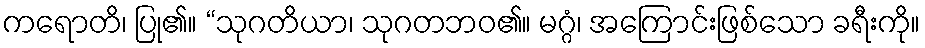
ကရောတိ၊ ပြု၏။ “သုဂတိယာ၊ သုဂတဘဝ၏။ မဂ္ဂံ၊ အကြောင်းဖြစ်သော ခရီးကို။